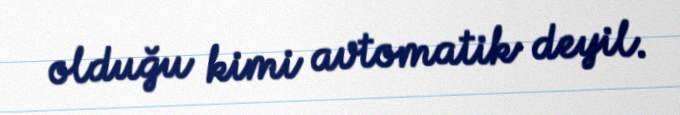
olduğu kimi avtomatik deyil.